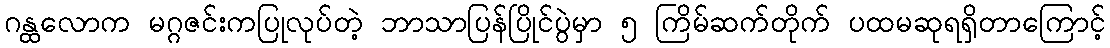
ဂန္ထလောက မဂ္ဂဇင်းကပြုလုပ်တဲ့ ဘာသာပြန်ပြိုင်ပွဲမှာ ၅ ကြိမ်ဆက်တိုက် ပထမဆုရရှိတာကြောင့်